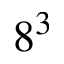
8 ^ { 3 }